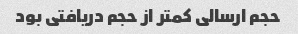
حجم ارسالی کمتر از حجم دریافتی بود